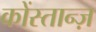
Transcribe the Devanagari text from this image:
कोंस्तान्ज़